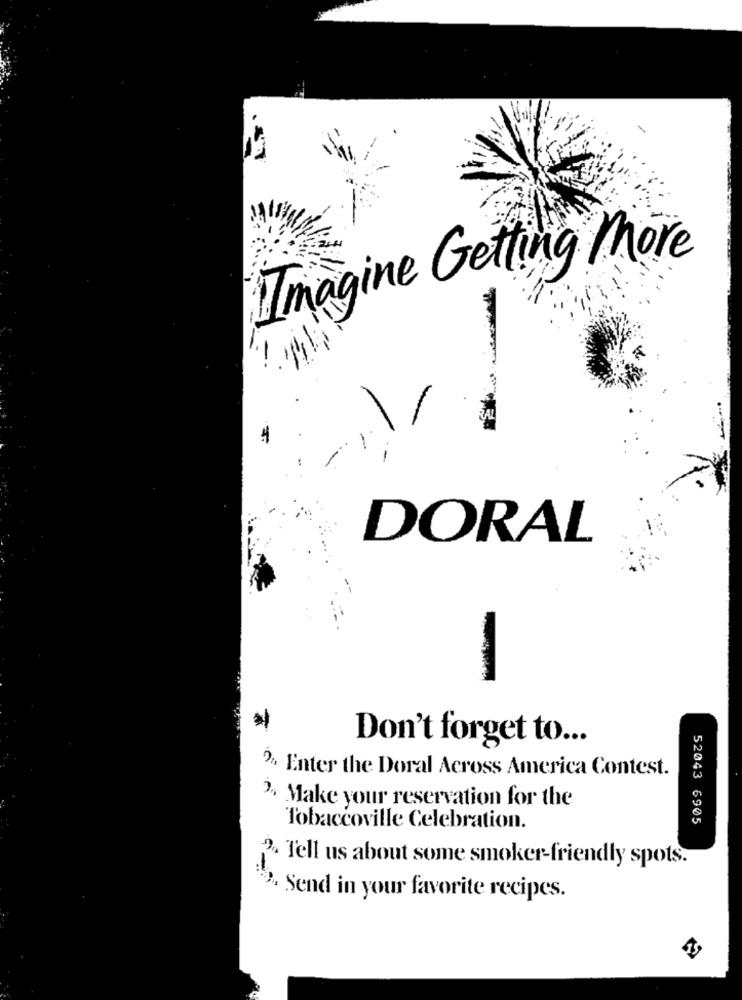
Imagine Getting More
DORAL
Don't forget to ...
2. Enter the Doral Across America Contest.
2, Make your reservation for the
52043 6905
Tobaccoville Celebration.
2. Tell us about some smoker-friendly spots.
Send in your favorite recipes.